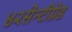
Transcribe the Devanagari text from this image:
४२सेन्टीग्रेड